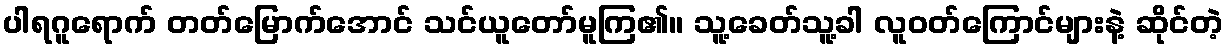
ပါရဂူရောက် တတ်မြောက်အောင် သင်ယူတော်မူကြ၏။ သူ့ခေတ်သူ့ခါ လူဝတ်ကြောင်များနဲ့ ဆိုင်တဲ့